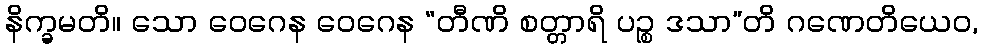
နိက္ခမတိ။ သော ဝေဂေန ဝေဂေန “တီဏိ စတ္တာရိ ပဉ္စ ဒသာ”တိ ဂဏေတိယေဝ,